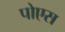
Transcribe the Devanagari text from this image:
पोएस